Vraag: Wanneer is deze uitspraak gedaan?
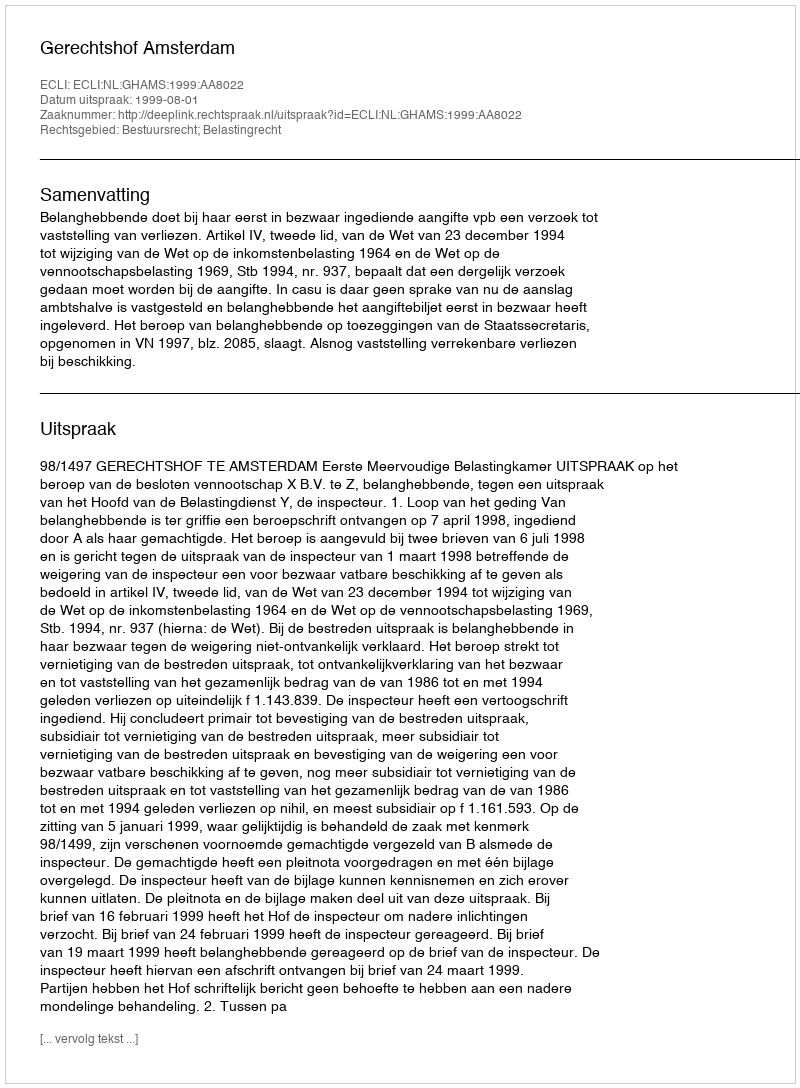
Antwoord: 1999-08-01